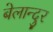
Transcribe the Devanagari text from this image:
बेलान्दुर